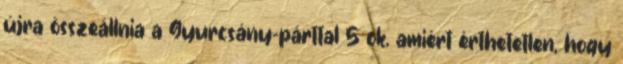
újra összeállnia a Gyurcsány-párttal 5 ok, amiért érthetetlen, hogy